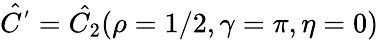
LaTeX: \hat{C^{'}}=\hat{C_{2}}(\rho=1/2,\gamma=\pi,\eta=0)